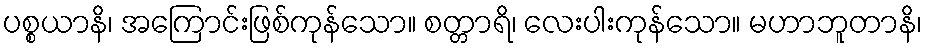
ပစ္စယာနိ၊ အကြောင်းဖြစ်ကုန်သော။ စတ္တာရိ၊ လေးပါးကုန်သော။ မဟာဘူတာနိ၊